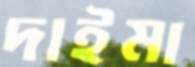
দাইমা